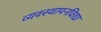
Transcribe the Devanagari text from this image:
व्यवस्थापनविद्या